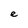
Character: e